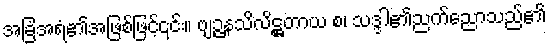
အခြံအရံ၏အဖြစ်ဖြင့်၎င်း။ ဗျဉ္ဇနသိလိဋ္ဌတာယ စ၊ သဒ္ဒါ၏ညက်ညောသည်၏